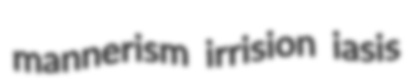
mannerism irrision iasis